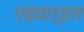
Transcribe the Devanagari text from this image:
एडवार्डस